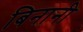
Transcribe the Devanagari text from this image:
बिनानी